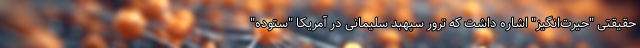
حقیقتی "حیرت‌انگیز" اشاره داشت که ترور سپهبد سلیمانی در آمریکا "ستوده"